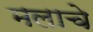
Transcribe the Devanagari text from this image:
मलाचे